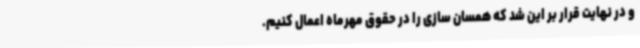
و در نهایت قرار بر این شد که همسان سازی را در حقوق مهرماه اعمال کنیم.